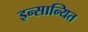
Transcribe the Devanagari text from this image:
इन्सान्यित